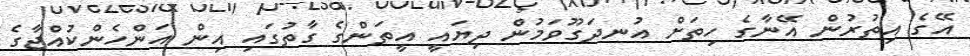
އޭގެ އިތުރުން އޭނާގެ ހިތަށް އުނދަގޫވަމުން ދިޔައީ އީތަންގެ ގާތުގައި އިން އަންހެންކުއްޖާގެ